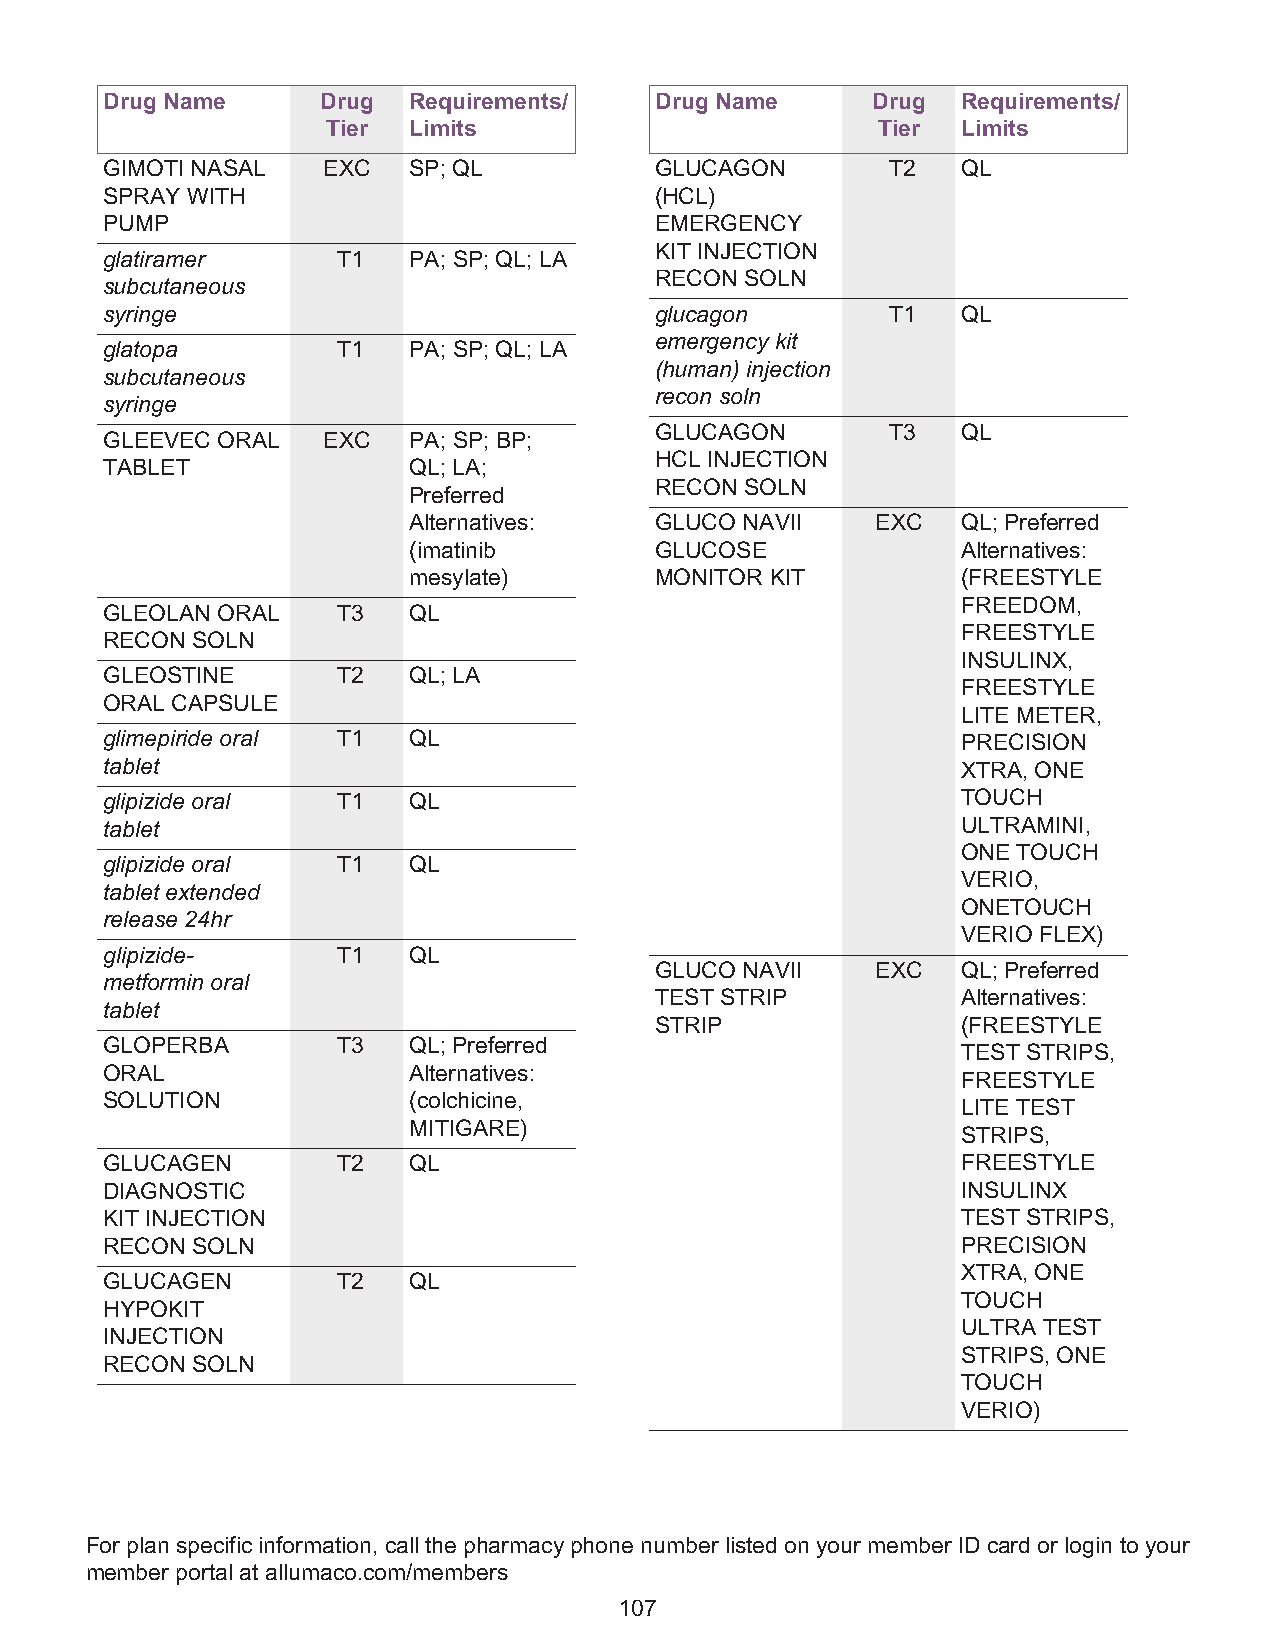
Drug Name     Drug  Requirements/   Drug Name      Drug  Requirements/
 Tier Limits                         Tier  Limits
 GIMOTI NASAL  EXC   SP; QL          GLUCAGON        T2   QL
 SPRAY WITH                          (HCL)
 PUMP                                EMERGENCY
 KIT INJECTION
 glatiramer     T1   PA; SP; QL; LA
 RECON SOLN
 subcutaneous
 syringe                             glucagon        T1   QL
 emergency kit
 glatopa        T1   PA; SP; QL; LA
 (human) injection
 subcutaneous
 recon soln
 syringe
 GLUCAGON        T3   QL
 GLEEVEC ORAL  EXC   PA; SP; BP;
 HCL INJECTION
 TABLET              QL; LA;
 RECON SOLN
 Preferred
 Alternatives:   GLUCO NAVII    EXC   QL; Preferred
 (imatinib       GLUCOSE              Alternatives:
 mesylate)       MONITOR KIT          (FREESTYLE
 FREEDOM,
 GLEOLAN ORAL   T3   QL
 FREESTYLE
 RECON SOLN
 INSULINX,
 GLEOSTINE      T2   QL; LA
 FREESTYLE
 ORAL CAPSULE
 LITE METER,
 glimepiride oral T1 QL                                   PRECISION
 tablet                                                   XTRA, ONE
 glipizide oral T1   QL                                   TOUCH
 tablet                                                   ULTRAMINI,
 ONE TOUCH
 glipizide oral T1   QL
 VERIO,
 tablet extended
 ONETOUCH
 release 24hr
 VERIO FLEX)
 glipizide-     T1   QL
 GLUCO NAVII    EXC   QL; Preferred
 metformin oral
 TEST STRIP           Alternatives:
 tablet
 STRIP                (FREESTYLE
 GLOPERBA       T3   QL; Preferred
 TEST STRIPS,
 ORAL                Alternatives:
 FREESTYLE
 SOLUTION            (colchicine,
 LITE TEST
 MITIGARE)
 STRIPS,
 GLUCAGEN       T2   QL                                   FREESTYLE
 DIAGNOSTIC                                               INSULINX
 KIT INJECTION                                            TEST STRIPS,
 RECON SOLN                                               PRECISION
 XTRA, ONE
 GLUCAGEN       T2   QL
 TOUCH
 HYPOKIT
 ULTRA TEST
 INJECTION
 STRIPS, ONE
 RECON SOLN
 TOUCH
 VERIO)
 For plan specific information, call the pharmacy phone number listed on your member ID card or login to your
 member portal at allumaco.com/members
 107